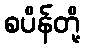
စပိန်တို့